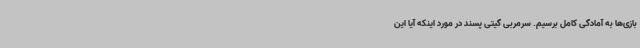
بازی‌ها به آمادگی کامل برسیم. سرمربی گیتی پسند در مورد اینکه آیا این